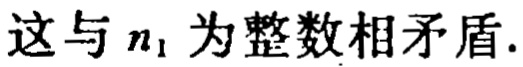
这与 \(n_{1}\) 为整数相矛盾.